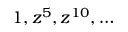
1 , z ^ { 5 } , z ^ { 1 0 } , \ldots